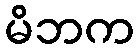
မိဘက